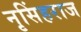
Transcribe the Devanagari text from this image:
नृसिंहराज